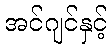
အင်ဂျင်နှင့်